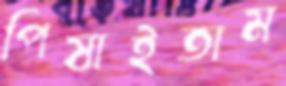
পিষাইতাম